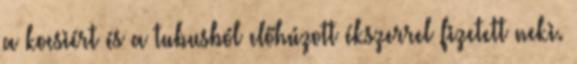
a kocsiért és a tubusból előhúzott ékszerrel fizetett neki.